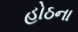
હોઠના